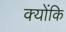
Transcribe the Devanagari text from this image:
क्योंकि